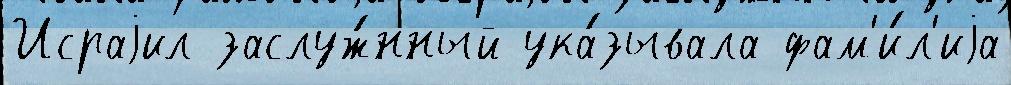
Исраjил заслуж́нный ука́зывала фам'и́л'иjа